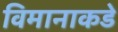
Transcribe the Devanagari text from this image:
विमानाकडे